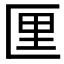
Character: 𪟯